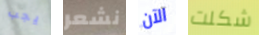
يجب نشعر الآن شكلت